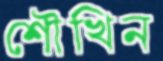
শৌখিন